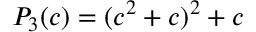
P _ { 3 } ( c ) = ( c ^ { 2 } + c ) ^ { 2 } + c